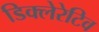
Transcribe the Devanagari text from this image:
डिक्लेरेटिव